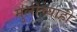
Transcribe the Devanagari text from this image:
मुलीच्याही